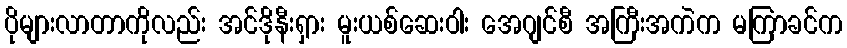
ပိုများလာတာကိုလည်း အင်ဒိုနီးရှား မူးယစ်ဆေးဝါး အေဂျင်စီ အကြီးအကဲက မကြာခင်က